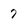
Character: 7